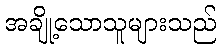
အချို့သောသူများသည်